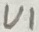
Text: U1